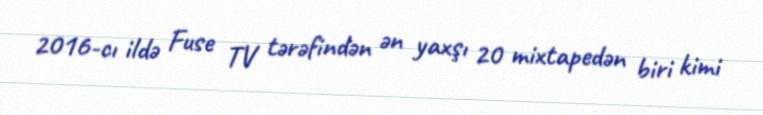
2016-cı ildə Fuse TV tərəfindən ən yaxşı 20 mixtapedən biri kimi